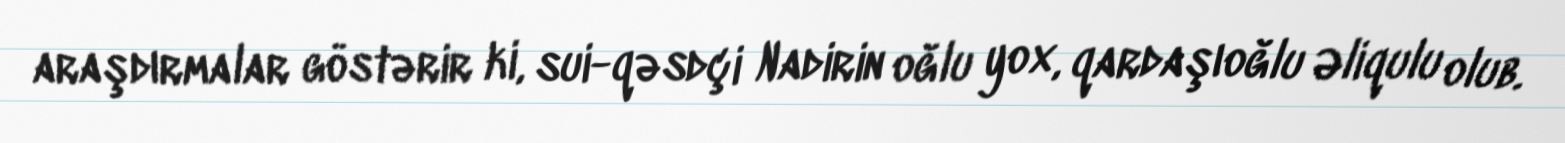
araşdırmalar göstərir ki, sui-qəsdçi Nadirin oğlu yox, qardaşıoğlu Əliqulu olub.